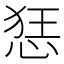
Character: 㤮